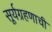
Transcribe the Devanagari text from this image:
सूर्यग्रहणाची